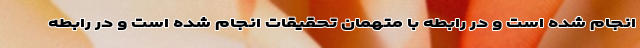
انجام شده است و در رابطه با متهمان تحقیقات انجام شده است و در رابطه